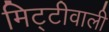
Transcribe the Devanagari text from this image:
मिट्टीवाली